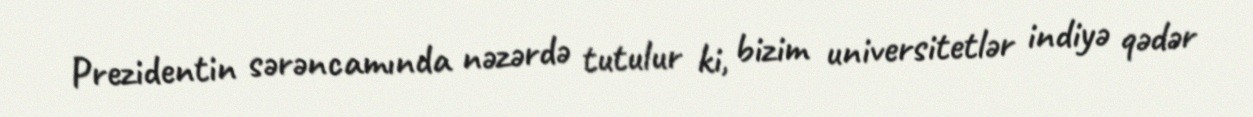
Prezidentin sərəncamında nəzərdə tutulur ki, bizim universitetlər indiyə qədər